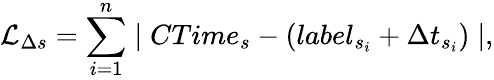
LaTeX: \mathcal{L}_{\Delta s}=\sum_{i=1}^{n}\mid{CTime}_{s}-\left({label}_{s_{i}}+\Delta t_{s_{i}}\right)\mid,